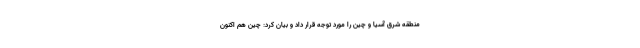
منطقه شرق آسیا و چین را مورد توجه قرار داد و بیان کرد: چین هم اکنون